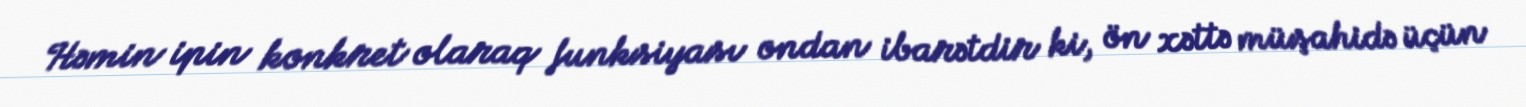
Həmin ipin konkret olaraq funksiyası ondan ibarətdir ki, ön xəttə müşahidə üçün